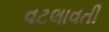
વટલાવતી